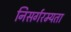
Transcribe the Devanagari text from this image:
निसर्गरम्यता